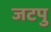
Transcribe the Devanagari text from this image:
जटपु